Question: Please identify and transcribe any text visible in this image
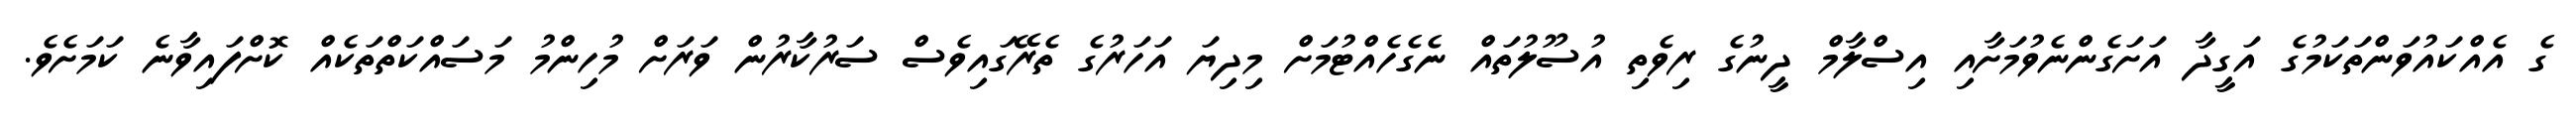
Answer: ގެ އެއްކައުވަންތަކަމުގެ އަގީދާ އަށަގެންނެވުމަށާއި އިސްލާމް ދީނުގެ ރިވެތި އުސޫލުތައް ނެގެހެއްޓުމަށް މިދިޔަ އަހަރުގެ ތެރޭގައިވެސް ސަރުކާރުން ވަރަށް މުހިންމު މަސައްކަތްތަކެއް ކޮށްފައިވާނެ ކަމަށެވެ.